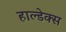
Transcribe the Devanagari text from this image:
हाल्डेक्स